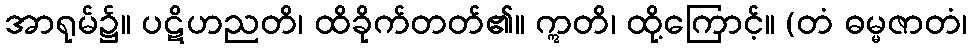
အာရုမ်၌။ ပဋိဟညတိ၊ ထိခိုက်တတ်၏။ ဣတိ၊ ထို့ကြောင့်။ (တံ ဓမ္မဇာတံ၊